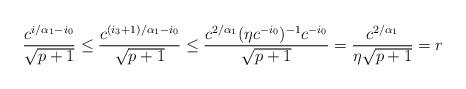
LaTeX: \begin{align*}\frac{c^{i/\alpha_1-i_{0}}}{\sqrt{p+1}}\leq \frac{c^{(i_3+1)/\alpha_1-i_{0}}}{\sqrt{p+1}}\leq\frac{c^{2/\alpha_1}(\eta c^{-i_{0}})^{-1}c^{-i_{0}}}{\sqrt{p+1}}=\frac{c^{2/\alpha_1}}{\eta\sqrt{p+1}}=r\end{align*}